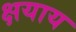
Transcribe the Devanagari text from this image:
क्षयाय